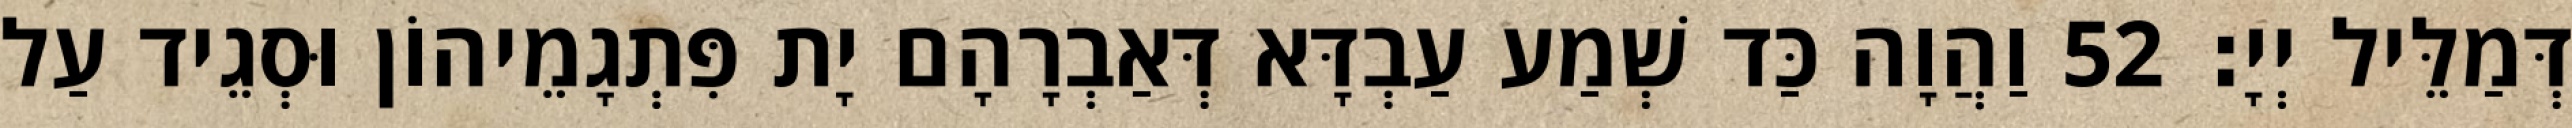
דְּמַלֵּיל יְיָ׃ 52 וַהֲוָה כַּד שְׁמַע עַבְדָּא דְּאַבְרָהָם יָת פִּתְגָמֵיהוֹן וּסְגֵיד עַל